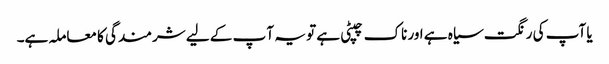
یا آپ کی رنگت سیاہ ہے اور ناک چپٹی ہے تو یہ آ پ کے لیے شرمندگی کا معاملہ ہے۔